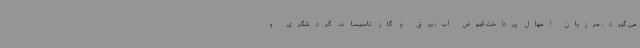
می گیرد. مرزبان امهال پرداخت قبوض آب، برق و گاز تاسیسات گردشگری و